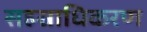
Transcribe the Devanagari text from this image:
सहस्राधिकरण